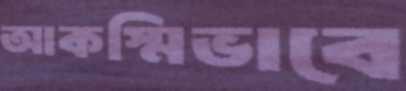
আকস্মিভাবে